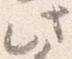
此